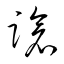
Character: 蹌